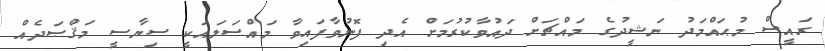
ރައީސް މުޙައްމަދު ނަޝީދުގެ މައްޗަށް ދައުވާކުރުމަށް އެދި ފޮނުވާފަައިވާ މައްސަލައަކީ ސިޔާސީ މަޤްޞަދެއް